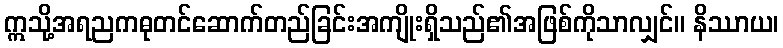
ဣသို့အရညကဓုတင်ဆောက်တည်ခြင်းအကျိုးရှိသည်၏အဖြစ်ကိုသာလျှင်။ နိဿာယ၊